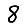
Digit: 8